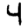
Digit: 4